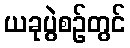
ယခုပွဲစဉ်တွင်